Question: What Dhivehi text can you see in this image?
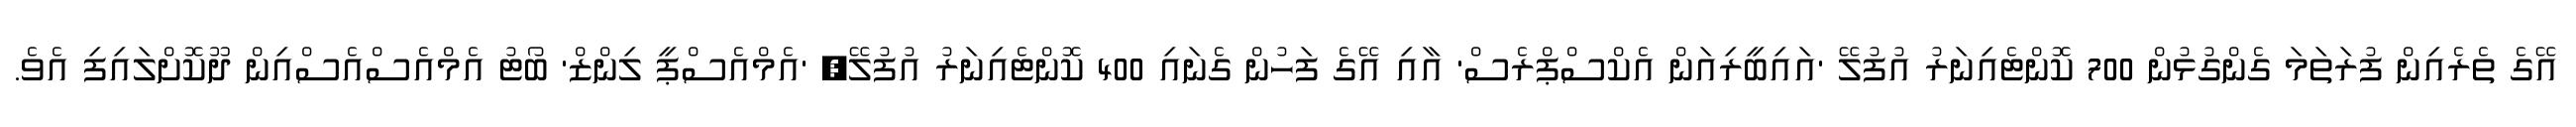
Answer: އޭގެ ތެރެއިން ފުރަތަމަ ގެންގުޅުން 700 ކޮންޓެއިނަރު އުފުލޭ 'އައިބީރިއަން އެކްސްޕްރެސް' އާއި އޭގެ ފަހުން ގެނައި 400 ކޮންޓެއިނަރު އުފުލޭ, 'އެމްއެސްޕީ ލިންޒް' ބޯޓު އެމްއެސްއެސްއިން ދޫކޮށްލައިފި އެވެ.